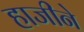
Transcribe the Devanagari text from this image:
हाजीने